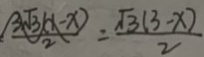
\frac { 3 \sqrt { 3 } ( x - x ) } { 2 } = \frac { \sqrt { 3 } ( 3 - x ) } { 2 }